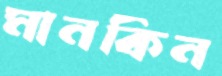
মানকিন